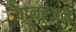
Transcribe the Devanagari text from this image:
बालरंजन